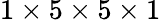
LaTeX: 1\times 5\times 5\times 1